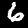
Label: 6